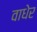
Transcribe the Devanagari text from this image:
वाधेर